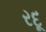
રદૂ